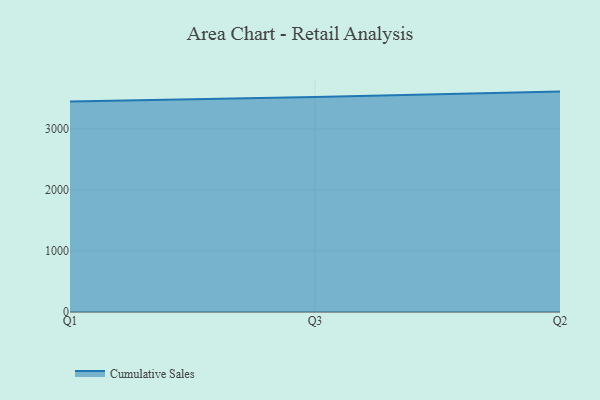
{"axis": {"x": "Quarter", "y": "Operating Costs (USD K)"}, "legend": ["Cumulative Sales"], "data": [{"x": "Q1", "y": 3448.9, "type": "Cumulative Sales"}, {"x": "Q3", "y": 3523.9, "type": "Cumulative Sales"}, {"x": "Q2", "y": 3612.7, "type": "Cumulative Sales"}]}